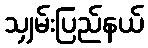
သျှမ်းပြည်နယ်